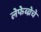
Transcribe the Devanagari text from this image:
लेफेब्व्रेचे